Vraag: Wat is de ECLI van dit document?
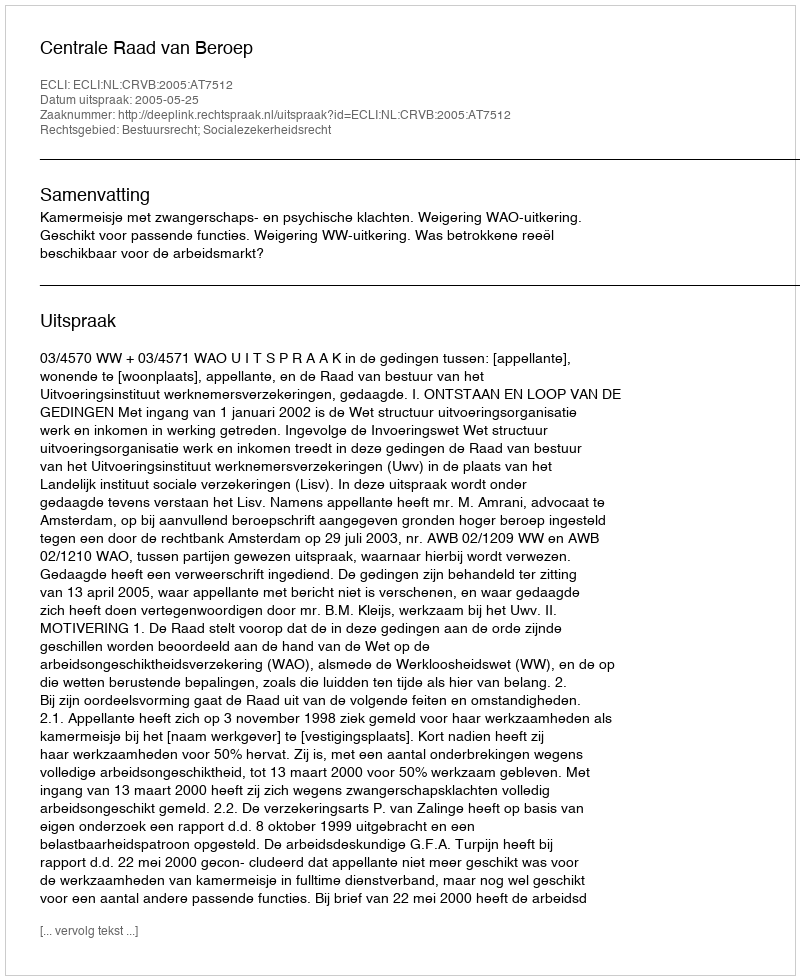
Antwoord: ECLI:NL:CRVB:2005:AT7512